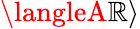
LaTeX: \langleA\mathbb{R}\rangle